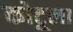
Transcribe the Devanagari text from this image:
कोटूला